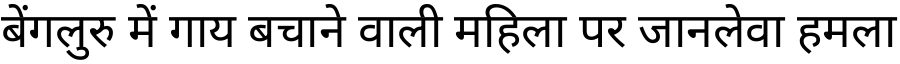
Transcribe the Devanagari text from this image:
बेंगलुरु में गाय बचाने वाली महिला पर जानलेवा हमला